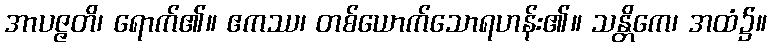
အာပဇ္ဇတိ၊ ရောက်၏။ ဧကဿ၊ တစ်ယောက်သောရဟန်း၏။ သန္တိကေ၊ အထံ၌။